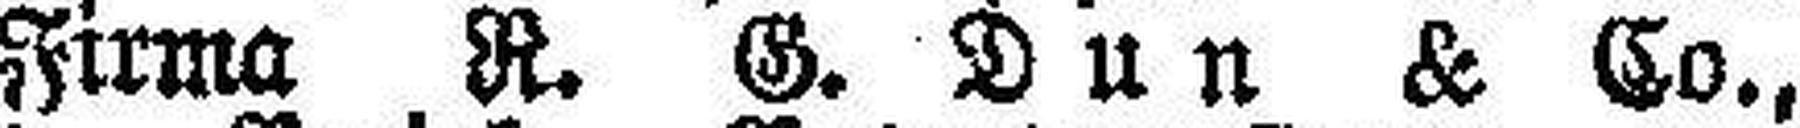
Firma R. G. Dun & Co.,